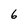
Character: 6